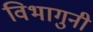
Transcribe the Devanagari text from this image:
विभागुनी